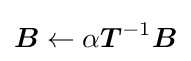
{\boldsymbol {B}}\leftarrow \alpha {\boldsymbol {T}}^{-1}{\boldsymbol {B}}